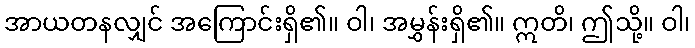
အာယတနလျှင် အကြောင်းရှိ၏။ ဝါ၊ အမွှန်းရှိ၏။ ဣတိ၊ ဤသို့။ ဝါ၊